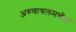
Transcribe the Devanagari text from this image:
अरुणाचलमधील